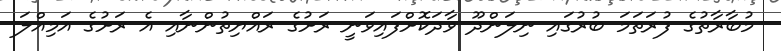
މުބާރާތުގެ ފުރަތަމަ ބުރުގައި ނިލަންދޫ ވާދަކޮށްފައިވަނީ ރަށުގެ ރައްޔިތުންނާއި އެ ރަށުގެ އަމިއްލަ